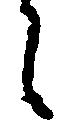
候